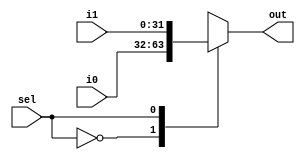
module Mux2To1 (
    input[31:0] i0,
    input[31:0] i1,
    input sel,
    output reg[31:0] out
);
    always @(sel or i0 or i1) begin
        case (sel)
            0: out <= i0;
            1: out <= i1;
        endcase
    end
endmodule